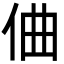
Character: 㑋